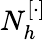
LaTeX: N_{h}^{[\cdot]}